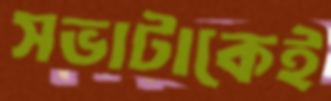
সভাটাকেই